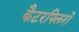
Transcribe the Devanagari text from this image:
कैटरपिलरों